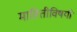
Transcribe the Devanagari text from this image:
माहितीविषयी